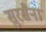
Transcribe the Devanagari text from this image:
सुरसैना